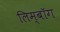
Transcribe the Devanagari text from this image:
लिम्बॉग